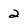
Character: 2